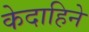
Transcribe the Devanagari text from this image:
केदाहिने